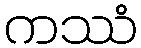
ကဿံ